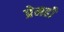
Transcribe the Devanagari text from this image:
प्रेमही